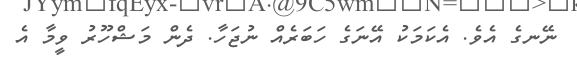
ނޭނގެ އެވެ. އެކަމަކު އޭނަގެ ހަބަރެއް ނުޖަހާ. ދެން މަޝްހޫރު ވީމާ އެ